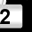
Digit: 2